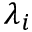
\lambda _ { i }